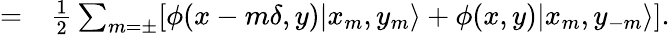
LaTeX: \begin{array}{rl}{=}&{{}\frac{1}{2}\sum_{m=\pm}[\phi(x-m\delta,y)|x_{m},y_{m}\rangle+\phi(x,y)|x_{m},y_{-m}\rangle].}\end{array}